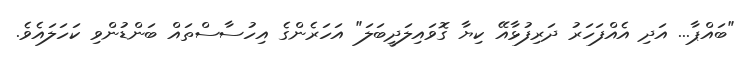
"ބައްޕާ... އަދި އެއްފަހަރު ދަރިފުޅާއޭ ކިޔާ ގޮވައިލަދީބަލަ" އަހަރެންގެ އިހުސާސްތައް ބަންޑުންވި ކަހަލައެވެ.